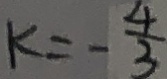
k = - \frac { 4 } { 3 }